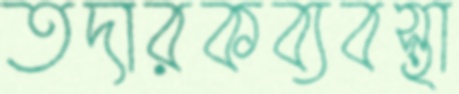
তদারকব্যবস্থা